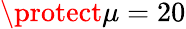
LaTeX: \protect\mu=20